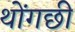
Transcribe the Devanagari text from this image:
थोंगछी